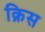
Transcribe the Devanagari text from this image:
क़िस